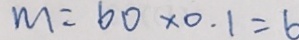
m = 6 0 \times 0 . 1 = 6